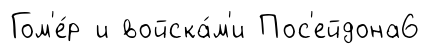
Гом'е́р и войска́м'и Пос'ейдона6